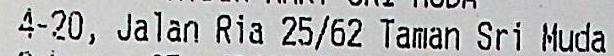
4-20, JALAN RIA 25/62 TAMAN SRI MUDA